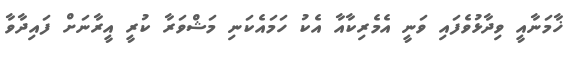
ޚާމަނާއީ ވިދާޅުވެފައި ވަނީ އެމެރިކާއާ އެކު ހަމައެކަނި މަޝްވަރާ ކުރީ އީރާނަށް ފައިދާވާ